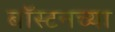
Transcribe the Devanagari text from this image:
बॉस्टनच्या